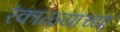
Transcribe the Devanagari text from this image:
रंकाळ्याच्या